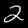
Digit: 2